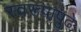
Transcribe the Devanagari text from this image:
स्वरूपापुढे